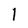
Character: l